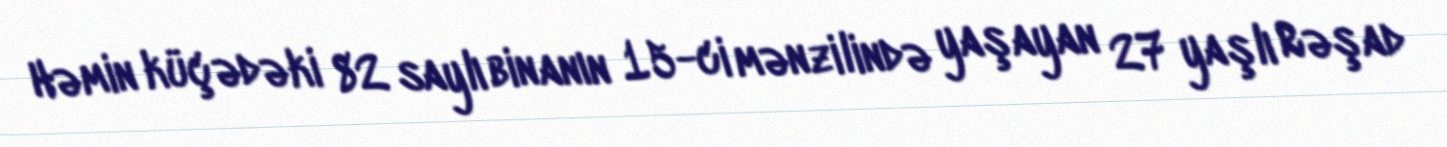
Həmin küçədəki 82 saylı binanın 15-ci mənzilində yaşayan 27 yaşlı Rəşad